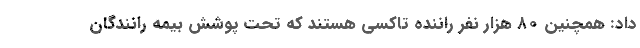
داد: همچنین ۸۰ هزار نفر راننده تاکسی هستند که تحت پوشش بیمه رانندگان